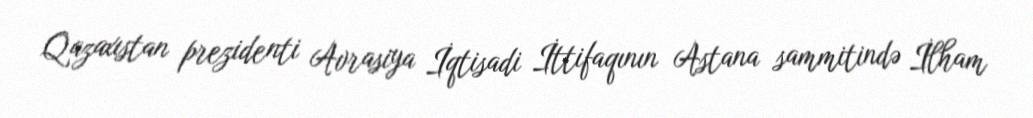
Qazaxıstan prezidenti Avrasiya İqtisadi İttifaqının Astana sammitində İlham